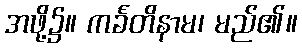
အဖို့၌။ ကင်္ခတိနာမ၊ မည်၏။